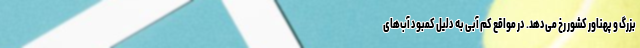
بزرگ و پهناور کشور رخ می‌دهد. در مواقع کم آبی به دلیل کمبود آب‌های